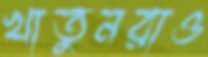
খাতুনরাও